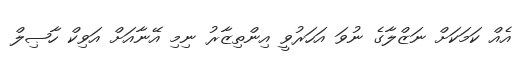
އެއް ކަމަކަށް ނަޒްލާގެ ނުވަ އަހަރުވީ އިންތިޒާރު ނިމި އޭނާއަށް އަވިކް ހާޞިލް